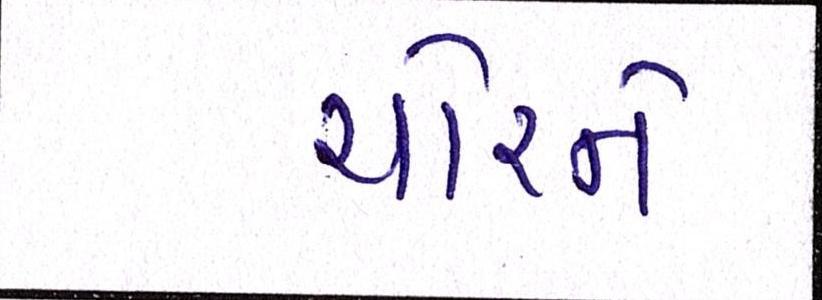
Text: ચોરને